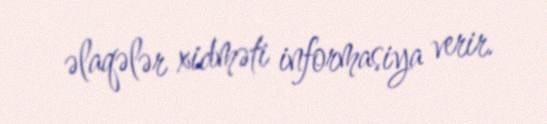
əlaqələr xidməti informasiya verir.